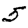
Digit: 5